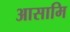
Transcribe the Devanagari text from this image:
आसामि